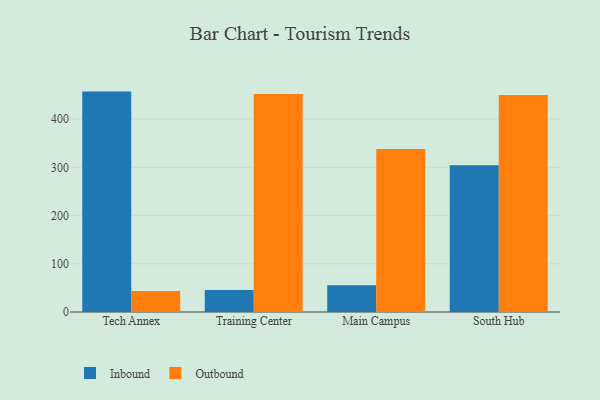
{"axis": {"x": "Campus", "y": "Satisfaction Score"}, "legend": ["Inbound", "Outbound"], "data": [{"x": "Tech Annex", "y": 457.0, "type": "Inbound"}, {"x": "Tech Annex", "y": 43.5, "type": "Outbound"}, {"x": "Training Center", "y": 45.7, "type": "Inbound"}, {"x": "Training Center", "y": 452.0, "type": "Outbound"}, {"x": "Main Campus", "y": 55.6, "type": "Inbound"}, {"x": "Main Campus", "y": 337.8, "type": "Outbound"}, {"x": "South Hub", "y": 304.3, "type": "Inbound"}, {"x": "South Hub", "y": 449.8, "type": "Outbound"}]}